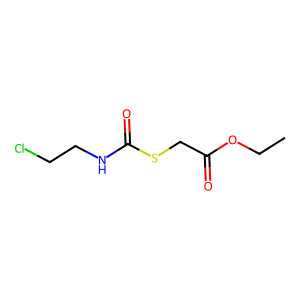
SMILES: CCOC(=O)CSC(=O)NCCCl
Inhibits HIV replication: No